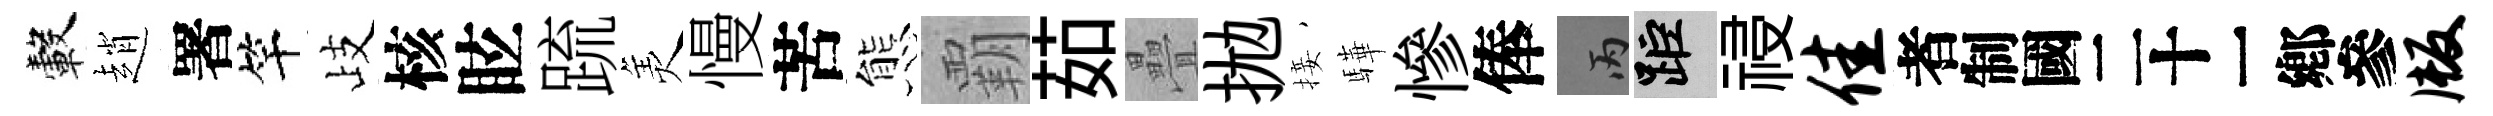
轂趙署竿歧核眩䟽羙慢苦態覇茹疊拋接驊慘俸丙距祲佳识版